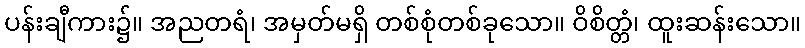
ပန်းချီကား၌။ အညတရံ၊ အမှတ်မရှိ တစ်စုံတစ်ခုသော။ ဝိစိတ္တံ၊ ထူးဆန်းသော။